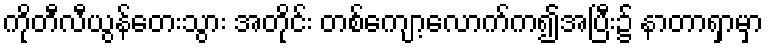
ကိုတီလီယွန်တေးသွား အတိုင်း တစ်ကျော့လောက်က၍အပြီး၌ နာတာရှာမှာ